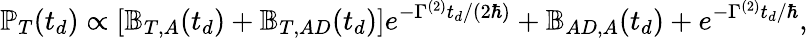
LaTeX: \mathbb{P}_{T}(t_{d})\propto[\mathbb{B}_{T,A}(t_{d})+\mathbb{B}_{T,AD}(t_{d})]e^{-\Gamma^{(2)}t_{d}/(2\hbar)}+\mathbb{B}_{AD,A}(t_{d})+e^{-\Gamma^{(2)}t_{d}/\hbar},